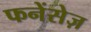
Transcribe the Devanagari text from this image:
फनेंसेज़